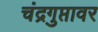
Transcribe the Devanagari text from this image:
चंद्रगुप्तावर